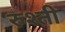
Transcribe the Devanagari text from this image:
रुश्ती